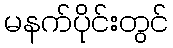
မနက်ပိုင်းတွင်